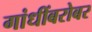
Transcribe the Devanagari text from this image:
गांधींबरोबर